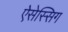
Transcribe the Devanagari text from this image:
ऐसेस्सिग